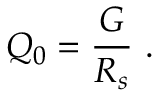
Q _ { 0 } = \frac { G } { R _ { s } } \mathrm { ~ . ~ }